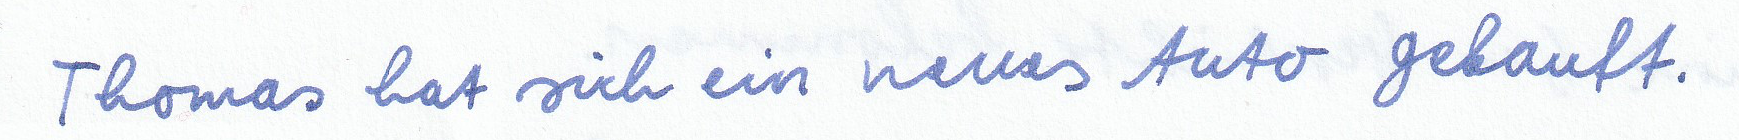
Thomas hat sich ein neues Auto gekauft.